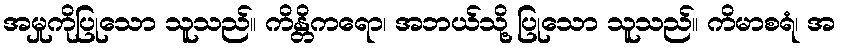
အမှုကိုပြုသော သူသည်။ ကိန္တိကရော၊ အဘယ်သို့ ပြုသော သူသည်။ ကိမာစရံ၊ အ